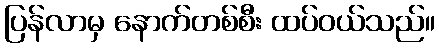
ပြန်လာမှ နောက်တစ်စီး ထပ်ဝယ်သည်။